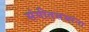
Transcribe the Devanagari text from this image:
संगीतसभांना